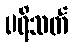
ပရိသတ်